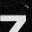
Digit: 7